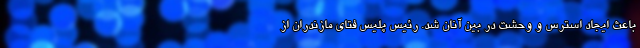
باعث ایجاد استرس و وحشت در بین آنان شد. رئیس پلیس فتای مازندران از